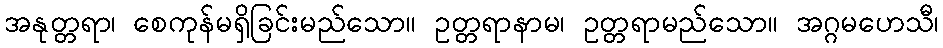
အနုတ္တရာ၊ စေကုန်မရှိခြင်းမည်သော။ ဥတ္တရာနာမ၊ ဥတ္တရာမည်သော။ အဂ္ဂမဟေသီ၊